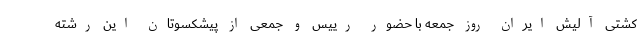
کشتی آلیش ایران روز جمعه با حضور رییس و جمعی از پیشکسوتان این رشته